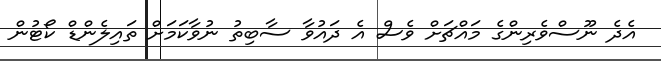
އެދެ ނޫސްވެރިންގެ މައްޗަށް ވެސް އެ ދައުވާ ސާބިތު ނުވާކަމަށް ތައިލެންޑް ކޯޓުން